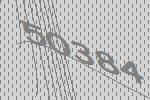
50384